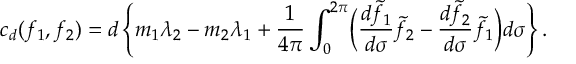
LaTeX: c _ { d } ( f _ { 1 } , f _ { 2 } ) = d \left\{ m _ { 1 } \lambda _ { 2 } - m _ { 2 } \lambda _ { 1 } + \frac { 1 } { 4 \pi } \int _ { 0 } ^ { 2 \pi } \biggl ( \frac { d \tilde { f } _ { 1 } } { d \sigma } \tilde { f } _ { 2 } - \frac { d \tilde { f } _ { 2 } } { d \sigma } \tilde { f } _ { 1 } \biggr ) d \sigma \right\} .